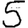
Digit: 5